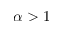
\alpha > 1